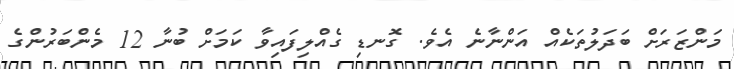
މަންޒަރަށް ބަދަލުތަކެއް އަންނާނެ އެވެ. ގޮނޑި ގެއްލިފައިވާ ކަމަށް ބުނާ 12 މެންބަރުންގެ